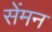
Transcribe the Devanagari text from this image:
सेंमन